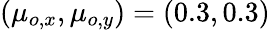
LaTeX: (\mu_{o,x},\mu_{o,y})=(0.3,0.3)